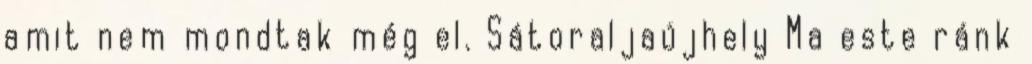
amit nem mondtak még el. Sátoraljaújhely Ma este ránk